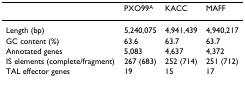
|  | PXO99A | KACC | MAFF |
 | --- | --- | --- | --- |
 | Length (bp) | 5,240,075 | 4,941,439 | 4,940,217 |
 | GC content (%) | 63.6 | 63.7 | 63.7 |
 | Annotated genes | 5,083 | 4,637 | 4,372 |
 | IS elements (complete/fragment) | 267 (683) | 252 (714) | 251 (712) |
 | TAL effector genes | 19 | 15 | 17 |